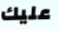
عليك